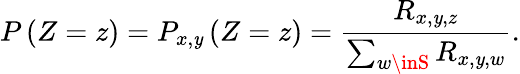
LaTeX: P\left(Z=z\right)=P_{x,\mathit{y}}\left(Z=z\right)=\frac{{R_{x,\mathit{y},z}}}{{\sum_{w\inS}R_{x,\mathit{y},w}}}.